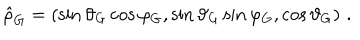
LaTeX: \hat { \rho } _ { \mathrm { G } } = \left( \sin \vartheta _ { \mathrm { G } } \cos \varphi _ { \mathrm { G } } , \sin \vartheta _ { \mathrm { G } } \sin \varphi _ { \mathrm { G } } , \cos \vartheta _ { \mathrm { G } } \right) \, .